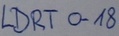
Text: LDRT0-18